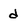
Character: d